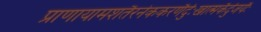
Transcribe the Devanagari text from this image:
प्राणायामशतैरनेककरणैर्दुःखात्मकैर्दुजर्यैः